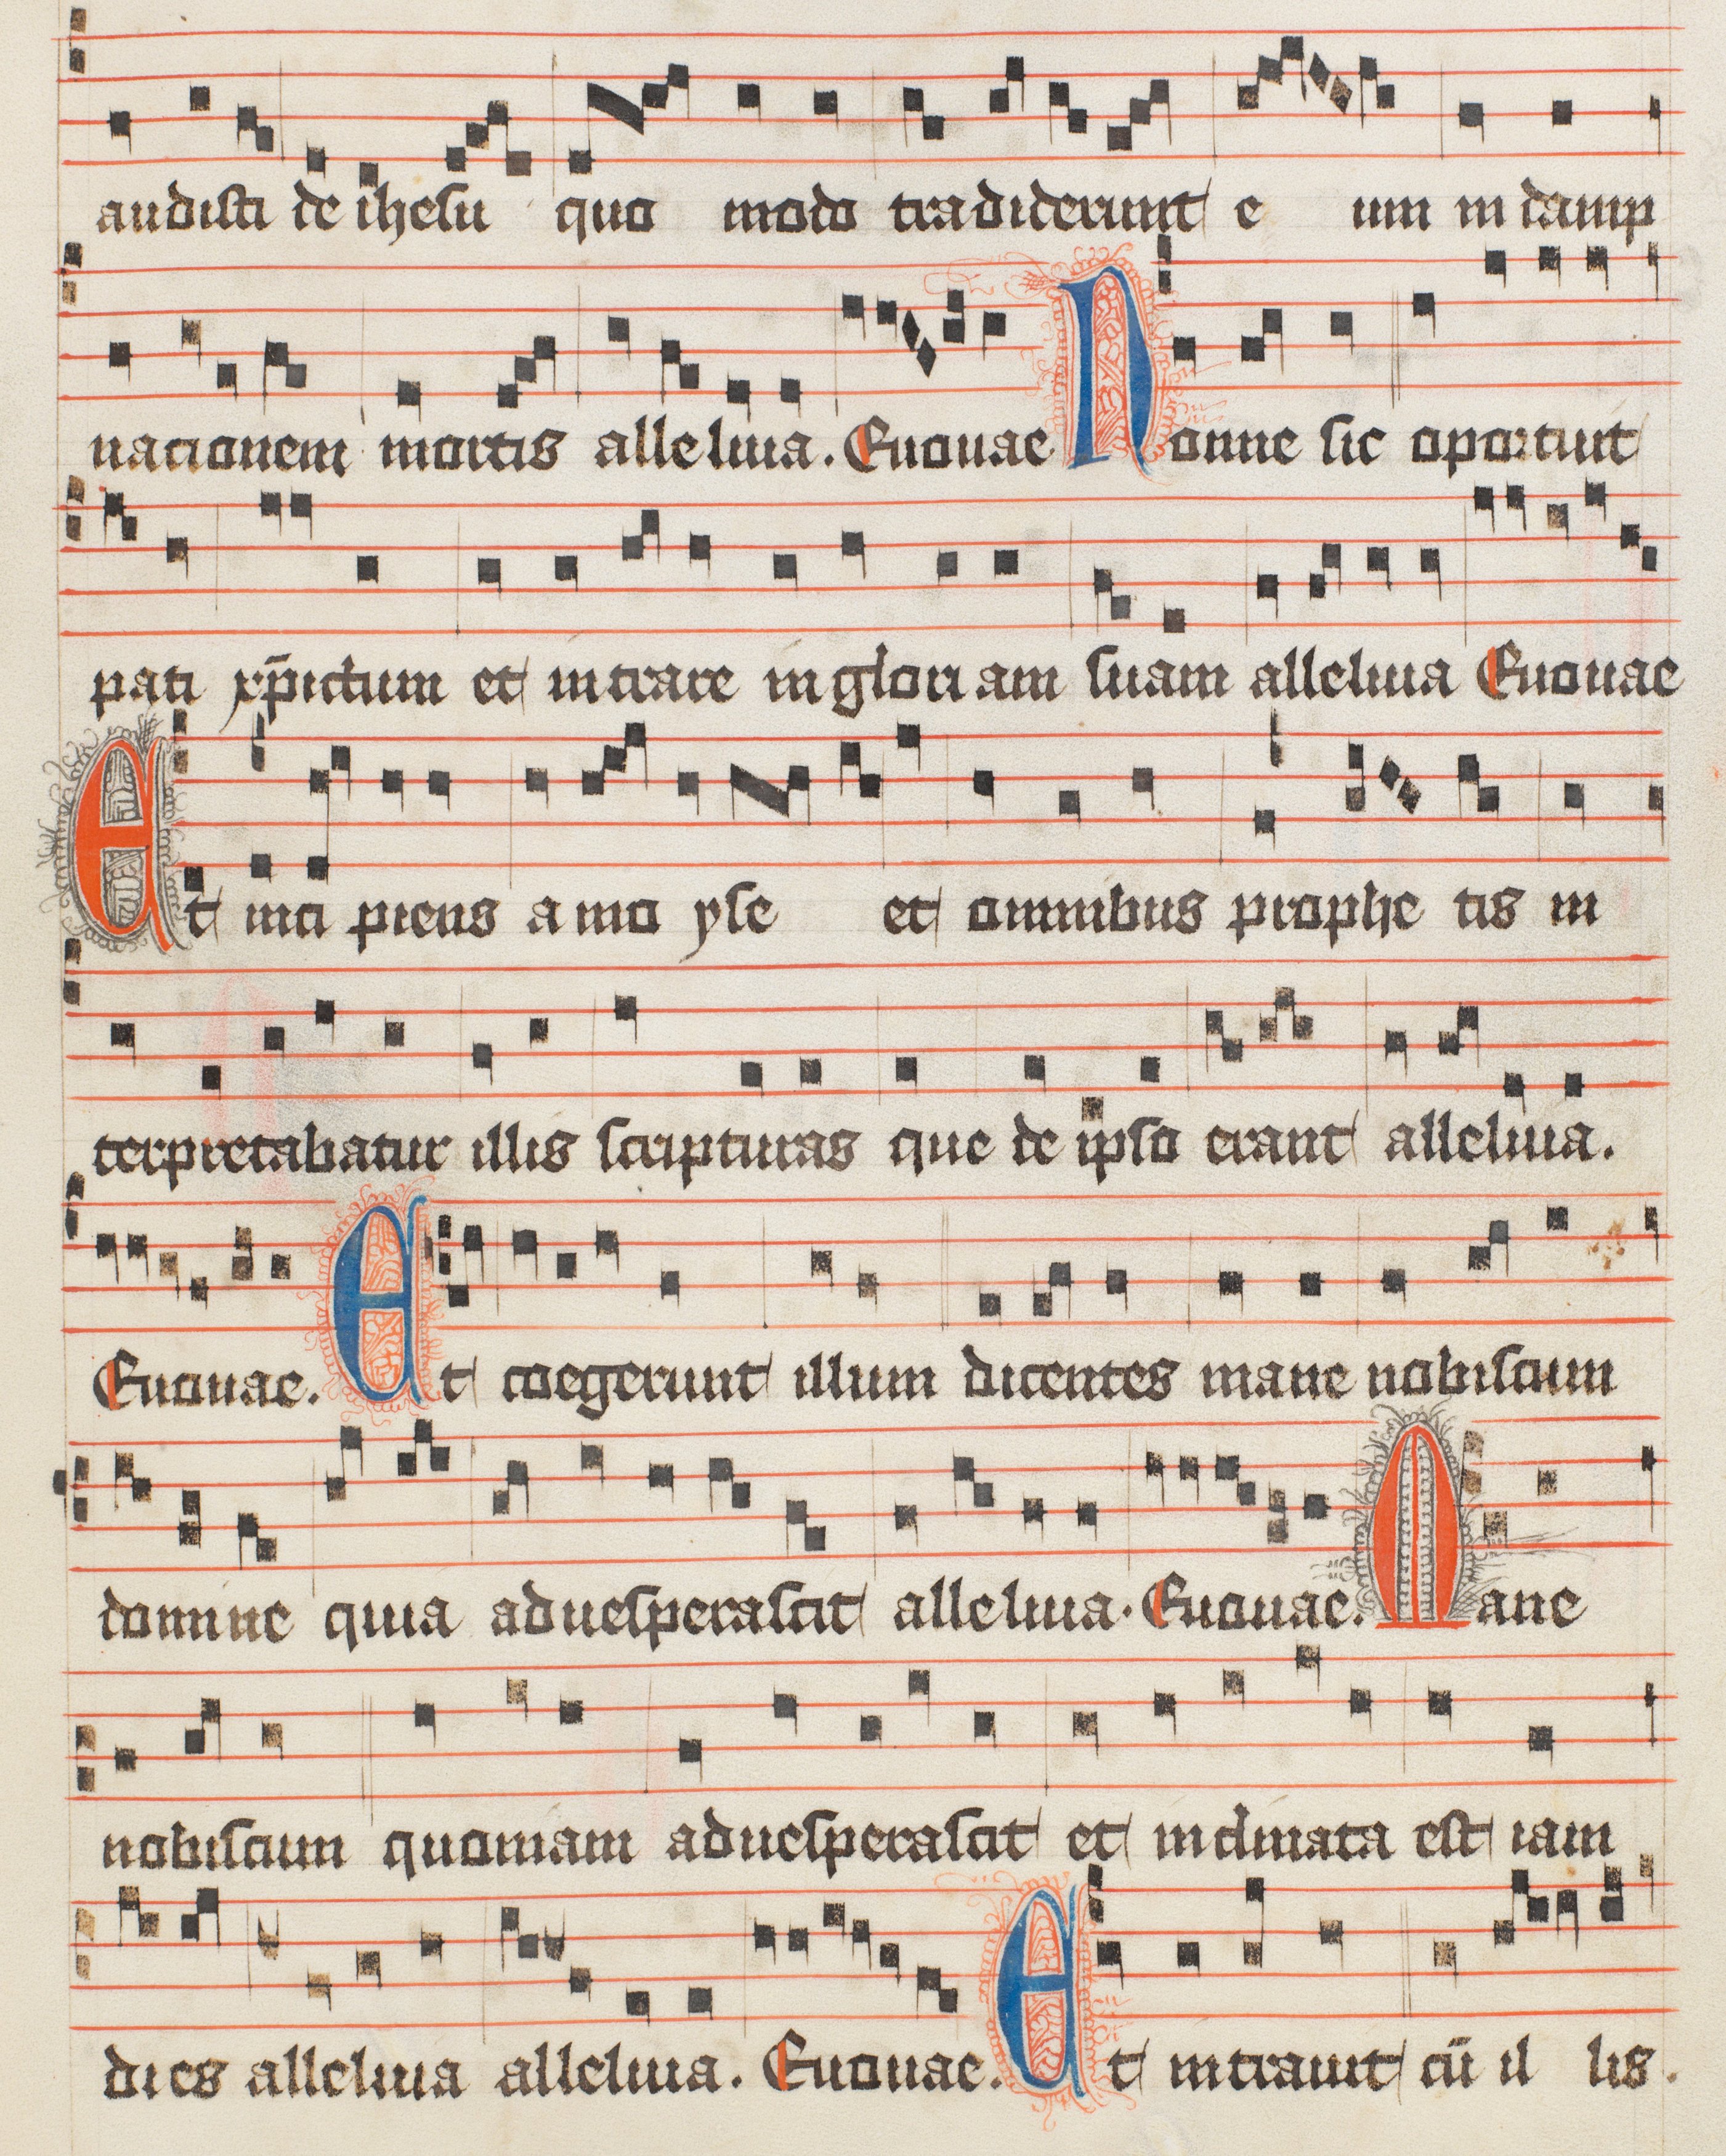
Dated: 1488–1488